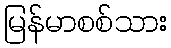
မြန်မာစစ်သား